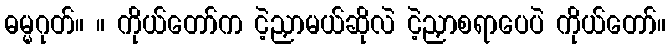
ဓမ္မဂုတ်။ ။ ကိုယ်တော်က ငဲ့ညှာမယ်ဆိုလဲ ငဲ့ညှာစရာပေပဲ ကိုယ်တော်။